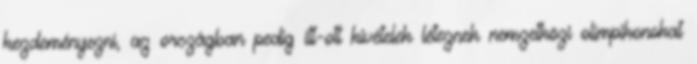
kezdeményezni, az országban pedig itt-ott kivételek léteznek nemzetközi olimpikonokat